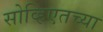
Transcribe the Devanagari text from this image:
सोव्हिएतच्या